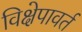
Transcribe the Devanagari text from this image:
विक्षेपावर्त